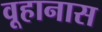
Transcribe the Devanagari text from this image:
वूहानास